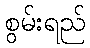
စွမ်းရည်